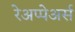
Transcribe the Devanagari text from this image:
रेअप्पेअर्स